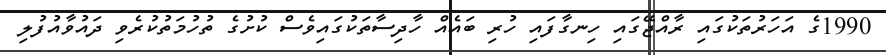
1990ގެ އަހަރުތަކުގައި ރާއްޖޭގައި ހިނގާފައި ހުރި ބައެއް ހާދިސާތަކުގައިވެސް ކުށުގެ ތުހުމަތުކުރެވި ދައުވާއުފުލި